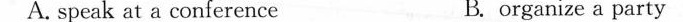
A.speak at a conference B.organize a party